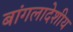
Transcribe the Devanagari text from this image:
बांगलादेशीय